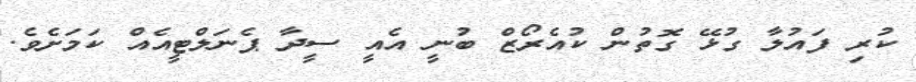
ކުރި ފައުލާ ގުޅޭ ގޮތުން ކުއެރޯޒް ބުނީ އެއީ ސީދާ ޕެނަލްޓީއެއް ކަމަށެވެ.